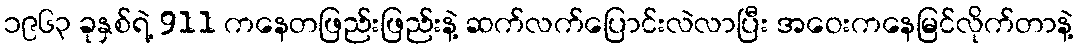
၁၉၆၃ ခုနှစ်ရဲ့ 911 ကနေတဖြည်းဖြည်းနဲ့ ဆက်လက်ပြောင်းလဲလာပြီး အဝေးကနေမြင်လိုက်တာနဲ့